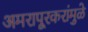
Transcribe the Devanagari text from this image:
अमरापूूरकरांमुळे